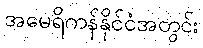
အမေရိကန်နိုင်ငံအတွင်း